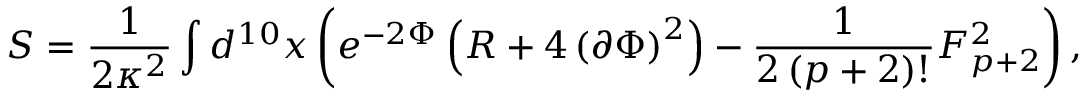
S = \frac { 1 } { 2 \kappa ^ { 2 } } \int d ^ { 1 0 } x \left( e ^ { - 2 \Phi } \left( R + 4 \left( \partial \Phi \right) ^ { 2 } \right) - \frac { 1 } { 2 \left( p + 2 \right) ! } F _ { p + 2 } ^ { 2 } \right) ,